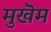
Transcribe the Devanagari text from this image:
मुखॆम